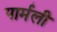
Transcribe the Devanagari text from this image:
पार्मली